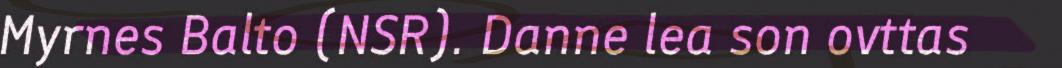
Myrnes Balto (NSR). Danne lea son ovttas